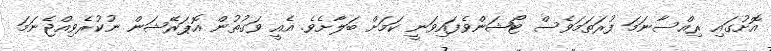
އޮށުގައި ރިއްސާނަމަ ފުރަތަމަވެސް ޓޯޝަންވެފައިވަނީ ކަމަށް ބަލާށެވެ. އެއީ ވަގުތުން އޮޕަރޭޝަން ނުކުރެވިއްޖެނަމަ